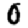
Digit: 0